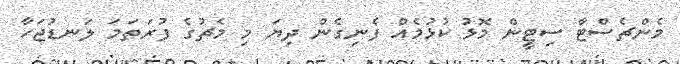
މެންޗެސްޓާ ސިޓީން މޮޅު ކުޅުމެއް ފެނިގެން ދިޔަ މި މެޗުގެ ފުރަތަމަ ލަނޑުޖަހާ